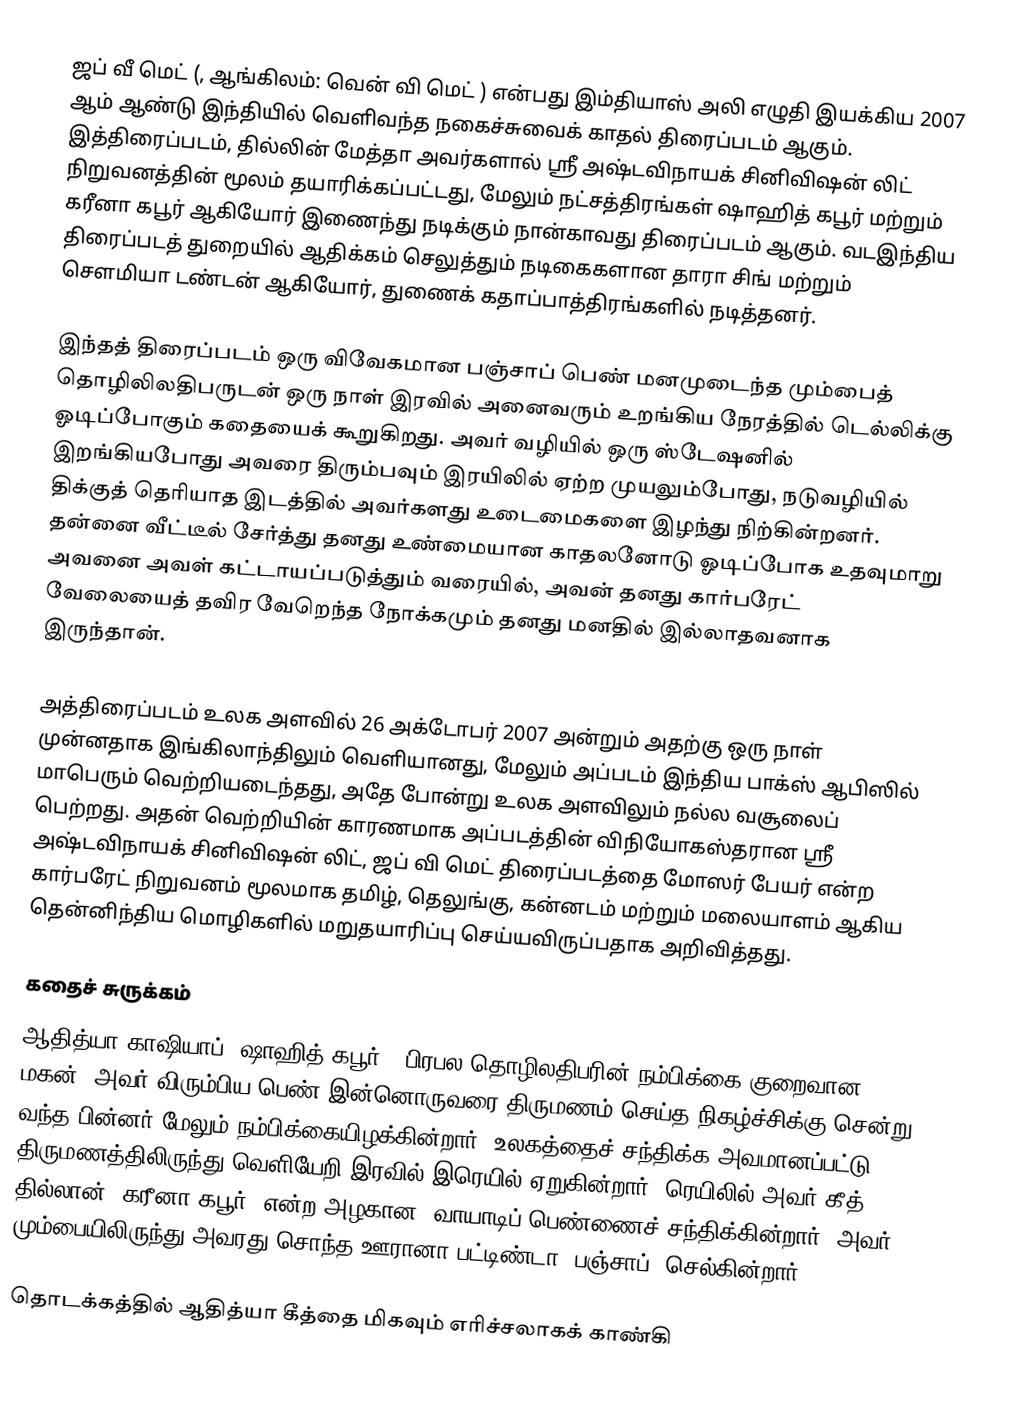
ஜப் வீ மெட்  (, ஆங்கிலம்: வென் வி மெட் ) என்பது இம்தியாஸ் அலி எழுதி இயக்கிய 2007 ஆம் ஆண்டு இந்தியில் வெளிவந்த நகைச்சுவைக் காதல் திரைப்படம் ஆகும். இத்திரைப்படம், தில்லின் மேத்தா அவர்களால் ஸ்ரீ அஷ்டவிநாயக் சினிவிஷன் லிட் நிறுவனத்தின் மூலம் தயாரிக்கப்பட்டது, மேலும் நட்சத்திரங்கள் ஷாஹித் கபூர் மற்றும் கரீனா கபூர் ஆகியோர் இணைந்து நடிக்கும் நான்காவது திரைப்படம் ஆகும். வடஇந்திய திரைப்படத் துறையில் ஆதிக்கம் செலுத்தும் நடிகைகளான தாரா சிங் மற்றும் சௌமியா டண்டன் ஆகியோர், துணைக் கதாப்பாத்திரங்களில் நடித்தனர்.

இந்தத் திரைப்படம் ஒரு விவேகமான பஞ்சாப் பெண் மனமுடைந்த மும்பைத் தொழிலிலதிபருடன் ஒரு நாள் இரவில் அனைவரும் உறங்கிய நேரத்தில் டெல்லிக்கு ஓடிப்போகும் கதையைக் கூறுகிறது. அவர் வழியில் ஒரு ஸ்டேஷனில் இறங்கியபோது அவரை திரும்பவும் இரயிலில் ஏற்ற முயலும்போது, நடுவழியில் திக்குத் தெரியாத இடத்தில் அவர்களது உடைமைகளை இழந்து நிற்கின்றனர். தன்னை வீட்டீல் சேர்த்து தனது உண்மையான காதலனோடு ஓடிப்போக உதவுமாறு அவனை அவள் கட்டாயப்படுத்தும் வரையில், அவன் தனது கார்பரேட் வேலையைத் தவிர வேறெந்த நோக்கமும் தனது மனதில் இல்லாதவனாக இருந்தான்.

அத்திரைப்படம் உலக அளவில் 26 அக்டோபர் 2007 அன்றும் அதற்கு ஒரு நாள் முன்னதாக இங்கிலாந்திலும் வெளியானது, மேலும் அப்படம் இந்திய பாக்ஸ் ஆபிஸில் மாபெரும் வெற்றியடைந்தது, அதே போன்று உலக அளவிலும் நல்ல வசூலைப் பெற்றது. அதன் வெற்றியின் காரணமாக அப்படத்தின் விநியோகஸ்தரான ஸ்ரீ அஷ்டவிநாயக் சினிவிஷன் லிட், ஜப் வி மெட் திரைப்படத்தை மோஸர் பேயர் என்ற கார்பரேட் நிறுவனம் மூலமாக தமிழ், தெலுங்கு, கன்னடம் மற்றும் மலையாளம் ஆகிய தென்னிந்திய மொழிகளில் மறுதயாரிப்பு செய்யவிருப்பதாக அறிவித்தது.

 கதைச் சுருக்கம்
ஆதித்யா காஷியாப் (ஷாஹித் கபூர்), பிரபல தொழிலதிபரின் நம்பிக்கை குறைவான மகன், அவர் விரும்பிய பெண் இன்னொருவரை திருமணம் செய்த நிகழ்ச்சிக்கு சென்று வந்த பின்னர் மேலும் நம்பிக்கையிழக்கின்றார். உலகத்தைச் சந்திக்க அவமானப்பட்டு, திருமணத்திலிருந்து வெளியேறி இரவில் இரெயில் ஏறுகின்றார். ரெயிலில் அவர் கீத் தில்லான் (கரீனா கபூர்) என்ற அழகான, வாயாடிப் பெண்ணைச் சந்திக்கின்றார், அவர் மும்பையிலிருந்து அவரது சொந்த ஊரானா பட்டிண்டா (பஞ்சாப்) செல்கின்றார்.

தொடக்கத்தில் ஆதித்யா கீத்தை மிகவும் எரிச்சலாகக் காண்கி